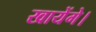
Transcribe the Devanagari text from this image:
खायेंगे।